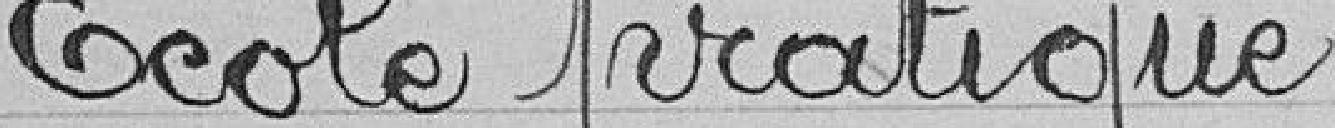
Ecole pratique